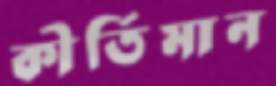
কীর্তিমান